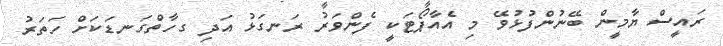
ރައީސް ޔާމީން ބޭނުންފުޅުވޭ މި އެއާޕޯޓަކީ ފެންވަރު ރަނގަޅު އަދި ގހާތްގަނޑަކަށް ހަތަރު